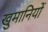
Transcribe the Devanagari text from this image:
खुमानियों